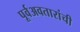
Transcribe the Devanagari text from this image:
पूर्वअवतारांची